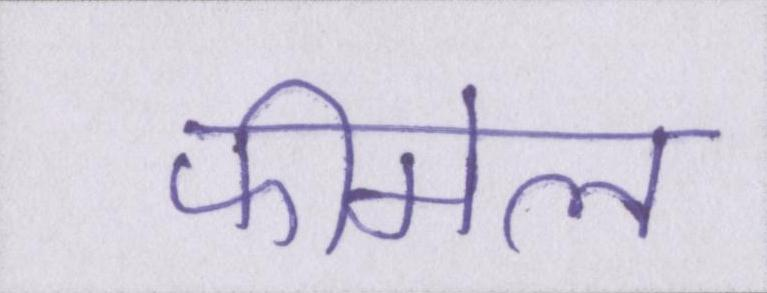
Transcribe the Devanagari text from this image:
फीमेल